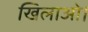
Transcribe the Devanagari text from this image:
खिलाओ।